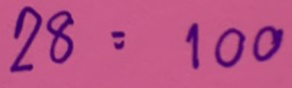
28 = 100